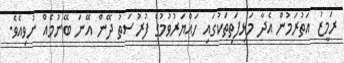
ރަމީޒު އަތުރަމުން އެދާ މަޅިފަތިތަކުގައި ހައްޔަރުވުމުގެ ފުރުސަތު ދޭން އޭނަ ބޭނުމެއް ނުވިއެވެ.